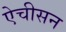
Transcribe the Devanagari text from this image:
ऐचीसन